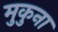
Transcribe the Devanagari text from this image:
मुकुना